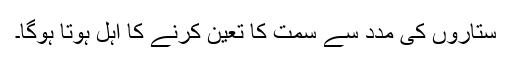
ستاروں کی مدد سے سمت کا تعین کرنے کا اہل ہوتا ہوگا۔